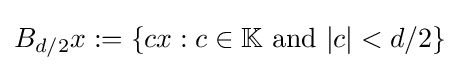
B_{d/2}x:=\{cx:c\in \mathbb {K} {\text{ and }}|c|<d/2\}